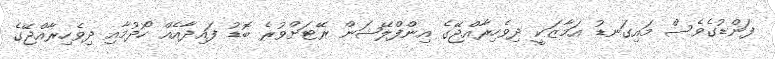
ފަންޑުގެވެސް މައިގަނޑު އަމާޒަކީ ދިވެހިރާއްޖޭގެ އިންފްލޭޝަން ރޭޓަށްވުރެ ބޮޑު ފައިދާއެއް ހޯދުމާއި ދިވެހިރާއްޖޭގެ